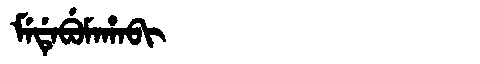
Manchu: ᠮᡝᡩᡝᠪᡠᠮᠠᡥᠠᠪᡳ
Romanization: MEDEBUMAHABI